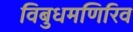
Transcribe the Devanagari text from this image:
विबुधमणिरिव